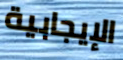
الإيجابية